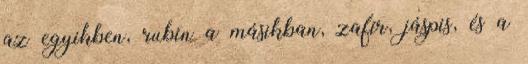
az egyikben, rubin a másikban, zafír, jáspis, és a